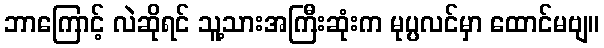
ဘာကြောင့် လဲဆိုရင် သူ့သားအကြီးဆုံးက မုပ္ပလင်မှာ ထောင်မဗျ။